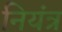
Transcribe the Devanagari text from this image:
नियंत्र